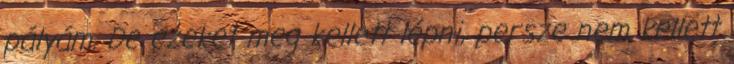
pályám. De ezeket meg kellett lépni, persze nem kellett